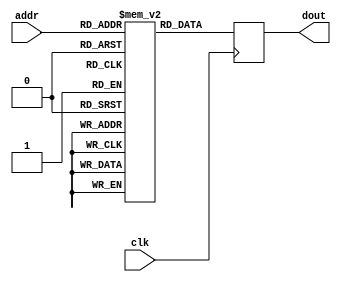
module palette_memory(
  input clk,
  input [ADDR_WIDTH-1:0] addr,
  output reg [23:0] dout
);

  parameter FILENAME = "";

  parameter integer ADDR_WIDTH = 8;

  reg [23:0] rom[0:(2 ** ADDR_WIDTH)-1];
  
  initial
  begin
    if (FILENAME!="")
		  $readmemh(FILENAME, rom);
  end

  always @(posedge clk)
  begin
	dout <= rom[addr];
  end
endmodule